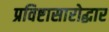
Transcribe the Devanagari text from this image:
प्रविष्टासारोद्धार